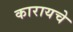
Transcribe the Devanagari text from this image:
कारायचे